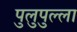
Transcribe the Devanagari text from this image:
पुलुपुल्ला